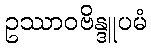
ဥဿာဝဗိန္ဒူပမံ